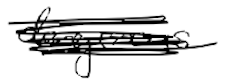
Text: dangerous
Cross-out: scratch
Writing tool: digital_black